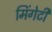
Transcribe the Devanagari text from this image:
मिंगेटी